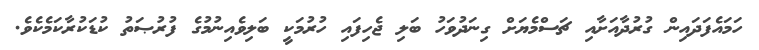
ހަމައެފަދައިން ގުރުދާއަށާއި ޗަސްމެޔަށް ގިނަދުވަހު ބަލި ޖެހިފައި ހުރުމަކީ ބަލިވެއިނުމުގެ ފުރުޞަތު ކުޑަކުރާކަމެކެވެ.